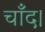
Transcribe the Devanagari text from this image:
चाँद।